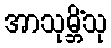
အာသုမ္ဘိံသု